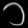
Digit: ၁